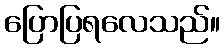
ပြောပြရလေသည်။